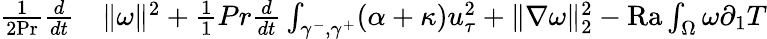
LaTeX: \begin{array}{rl}{\frac{1}{2\mathrm{{Pr}}}\frac{d}{dt}}&{{}\| \omega\| ^{2}+\frac{1}{1}{{Pr}}\frac{d}{dt}\int_{\gamma^{-},\gamma^{+}}(\alpha+\kappa)u_{\tau}^{2}+\| \nabla\omega\| _{2}^{2}-\mathrm{{Ra}}\int_{\Omega}\omega\partial_{1}T}\end{array}